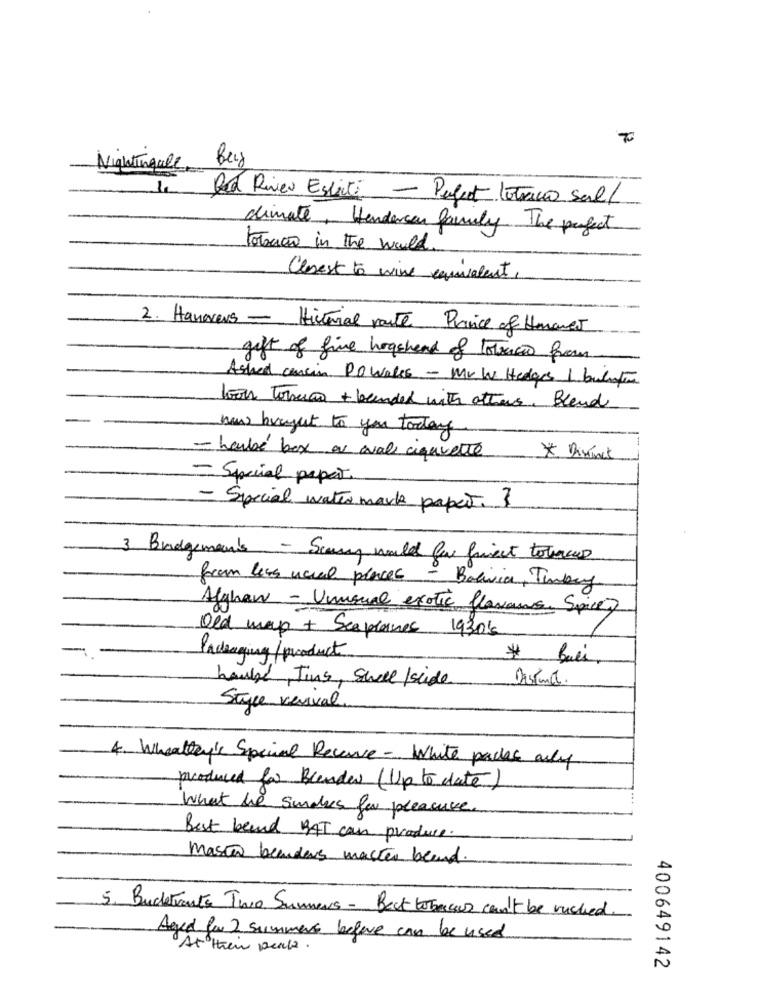
Nightingale,
Red River Esperti - Pubert lotracco sal/
dimate, Henderson family The perfect
totaco in the world.
Closest to wine equivalent,
2. Hanovers - Historial parte Prince of Humanet
gift of five hogshead of lotrico from
Asked cancia Do Wales - Mr W Hedges 1 button
tools Torna + blended with others. Blend
now brought to you today
- haube' box au aval cigarette
* Distinct
- Special papet.
- Special water mark paper. ?
3. Bridgeman's - Scary would for quiest totraces
from less usual places - Bolivia, Tubey
Afghan - Unusual exotic flavors, Spices
Old ways + Seaplanes 1930'5
Padenging /product
# Buli,
haube Jins, Shell /side
Distance.
Style verival
4. Wheatley's Special Recauve - White packs only
produced for Blender (Up to date)
What the sundes for pleasure.
Best beand BAT can produce.
masta beanders master bland.
5. Bucktoute Two Summers - Back to backs can't be ruched
Aged for 2 summers belove can be used
At their peak .
400649142